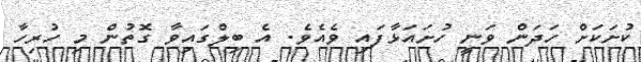
ކުށަކަށް ހަދަން ވަނީ ހުށައަޅާފައި ވެއެވެ. އެ ބިލްގައިވާ ގޮތުން މި ހުރިހާ